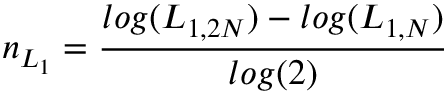
n _ { L _ { 1 } } = \displaystyle { \frac { l o g ( L _ { 1 , 2 N } ) - l o g ( L _ { 1 , N } ) } { l o g ( 2 ) } }